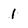
Character: 1